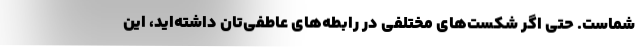
شماست. حتی اگر شکست‌های مختلفی در رابطه‌های عاطفی‌تان داشته‌اید، این